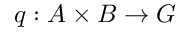
q : A \times B \to G